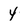
Character: 4